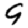
Digit: 9